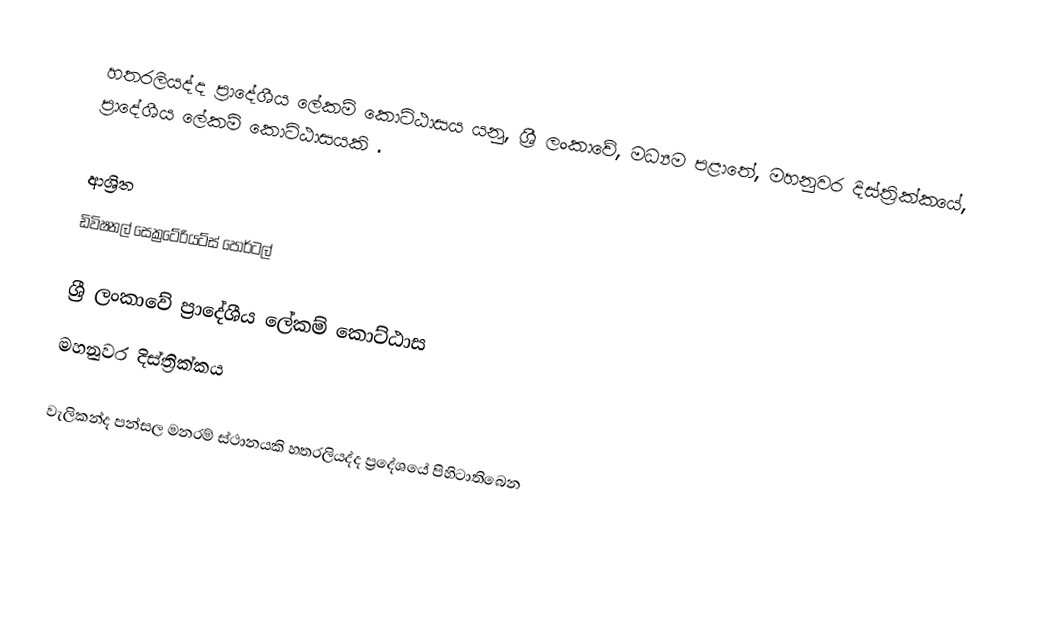
හතරලියද්ද ප්‍රාදේශීය ලේකම් කොට්ඨාසය යනු,  ශ්‍රී ලංකාවේ, මධ්‍යම පළාතේ,   මහනුවර දිස්ත්‍රික්කයේ, ප්‍රාදේශීය ලේකම් කොට්ඨාසයකි .

ආශ්‍රිත
 ඩිවිෂනල් සෙක්‍රටේරියට්ස් පෝර්ටල්

ශ්‍රී ලංකාවේ ප්‍රාදේශීය ලේකම් කොට්ඨාස
මහනුවර දිස්ත්‍රික්කය

වැලිකන්ද පන්සල මනරම් ස්ථානයකි හතරලියද්ද ප්‍රදේශයේ පිහිටාතිබෙන